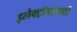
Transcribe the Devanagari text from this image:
इलेक्ट्रॉनांसाठी